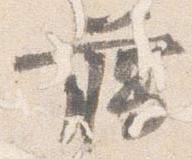
臈